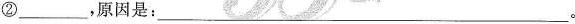
②___，原因是：___。